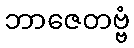
ဘာဇေတဗ္ဗံ